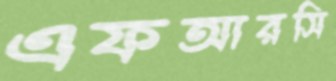
এফআরসি